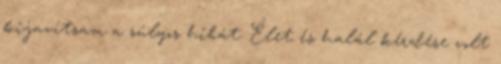
kijavítsam a súlyos hibát. Élet és halál kérdése volt